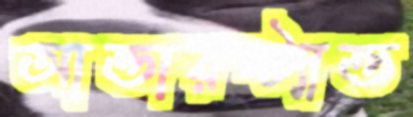
আন্ডারস্ট্যান্ড